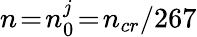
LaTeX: n\! =\! n_{0}^{j}\! =\! n_{cr}/267